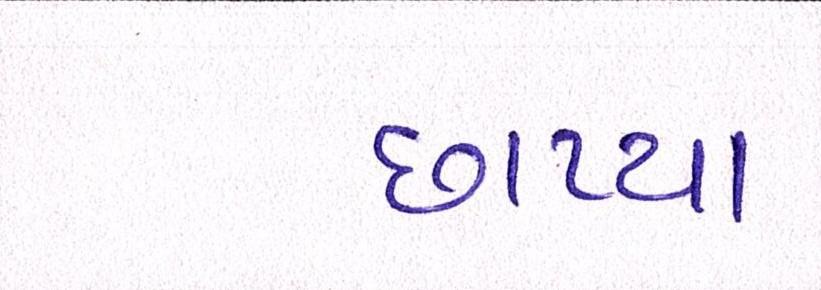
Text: છાપ્યા